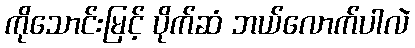
ကိုသောင်းမြင့် ပိုက်ဆံ ဘယ်လောက်ပါလဲ